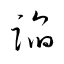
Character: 蹈